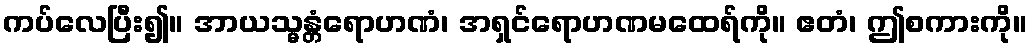
ကပ်လေပြီး၍။ အာယသ္မန္တံရောဟဏံ၊ အရှင်ရောဟဏမထေရ်ကို။ ဧတံ၊ ဤစကားကို။